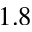
1 . 8